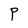
Character: P